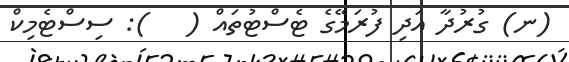
(ނ) ގުރުދާ އަދި ފުރަމޭގެ ޓެސްޓުތައް (   ): ސިސްޓެމިކް